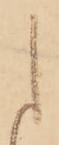
た